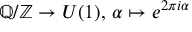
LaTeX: \mathbb { Q } / \mathbb { Z } \to U ( 1 ) , \, \alpha \mapsto e ^ { 2 \pi i \alpha }